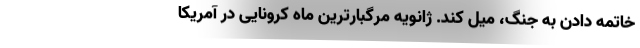
خاتمه دادن به جنگ، میل کند. ژانویه مرگبارترین ماه کرونایی در آمریکا